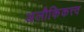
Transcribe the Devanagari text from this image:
अलौकिकत्त्व